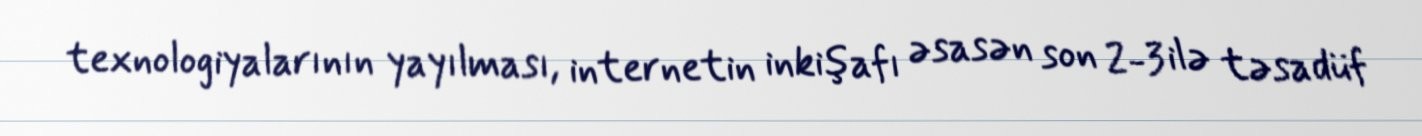
texnologiyalarının yayılması, internetin inkişafı əsasən son 2-3 ilə təsadüf